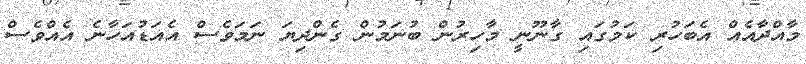
މާއްދާއެއް އެބަހުރި ކަމުގައި ގާނޫނީ މާހިރުން ބުނަމުން ގެންދިޔަ ނަމަވެސް އެއަޑުއަހާނެ އެއްވެސް